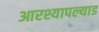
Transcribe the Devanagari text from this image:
आरश्यापल्याड